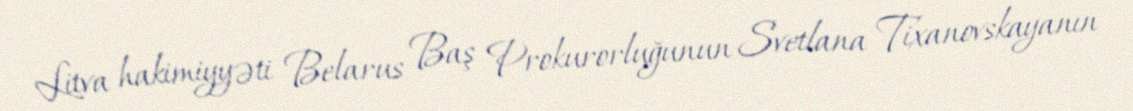
Litva hakimiyyəti Belarus Baş Prokurorluğunun Svetlana Tixanovskayanın